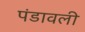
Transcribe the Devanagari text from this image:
पंडावली